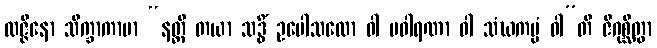
လဇ္ဇိနော သိက္ခာကာမာ “နတ္ထိ တယာ သဒ္ဓိံ ဥပေါသထော ဝါ ပဝါရဏာ ဝါ သံဃကမ္မံ ဝါ”တိ ဇိဂုစ္ဆိတွာ